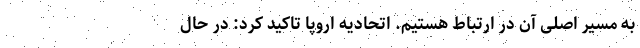
به مسیر اصلی آن در ارتباط هستیم. اتحادیه اروپا تاکید کرد: در حال